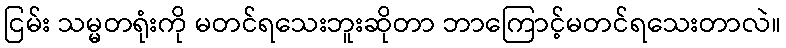
ငြမ်း သမ္မတရုံးကို မတင်ရသေးဘူးဆိုတာ ဘာကြောင့်မတင်ရသေးတာလဲ။